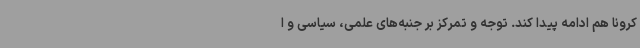
کرونا هم ادامه پیدا کند. توجه و تمرکز بر جنبه‌های علمی، سیاسی و ا